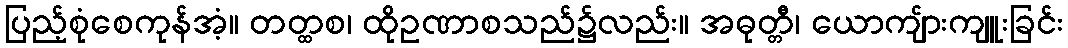
ပြည့်စုံစေကုန်အံ့။ တတ္ထစ၊ ထိုဥဏာစသည်၌လည်း။ အဓုတ္တီ၊ ယောကျ်ားကျူးခြင်း